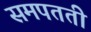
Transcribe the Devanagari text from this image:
समपतती